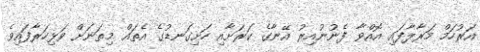
އަރުހަމް މަރާލާފައި އޮއްވާ ފެނުނުއިރު އޭނާގެ ކަރަށާއި ހަށިގަނޑުގެ އެތައް މިތަނަށް ވަޅިހަރާފައިވެ